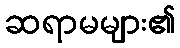
ဆရာမများ၏